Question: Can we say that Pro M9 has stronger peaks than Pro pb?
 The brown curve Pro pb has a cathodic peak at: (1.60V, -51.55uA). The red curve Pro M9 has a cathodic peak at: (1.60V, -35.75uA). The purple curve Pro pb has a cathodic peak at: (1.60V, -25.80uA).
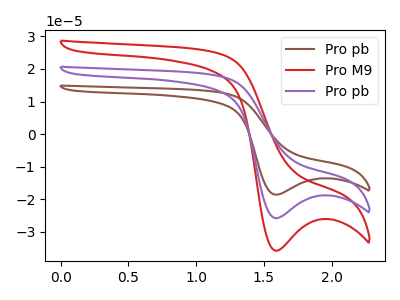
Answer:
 <answer>Every peak in "Pro M9" is higher than every peak in "Pro pb".</answer>
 <eval>higher</eval>